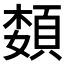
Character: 𫖟